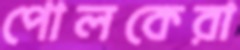
পোলকেরা